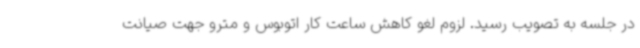
در جلسه به تصویب رسید. لزوم لغو کاهش ساعت کار اتوبوس و مترو جهت صیانت